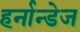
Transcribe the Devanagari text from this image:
हर्नान्डेज